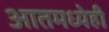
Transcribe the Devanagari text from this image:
आतमध्येही